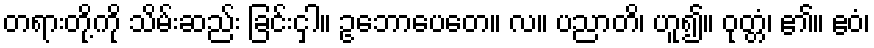
တရားတို့ကို သိမ်းဆည်း ခြင်းငှါ။ ဥဘောပေတေ။ လ။ ပညာတိ၊ ဟူ၍။ ဝုတ္တံ၊ ၏။ ဧဝံ၊